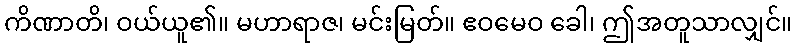
ကိဏာတိ၊ ဝယ်ယူ၏။ မဟာရာဇ၊ မင်းမြတ်။ ဧဝမေဝ ခေါ၊ ဤအတူသာလျှင်။